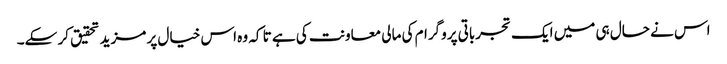
اس نے حال ہی میں ایک تجرباتی پروگرام کی مالی معاونت کی ہے تا کہ وہ اس خیال پر مزید تحقیق کر سکے۔